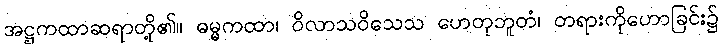
အဋ္ဌကထာဆရာတို့၏။ ဓမ္မကထာ၊ ဝိလာသဝိသေသ ဟေတုဘူတံ၊ တရားကိုဟောခြင်း၌